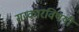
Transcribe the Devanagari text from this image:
सरकारविषयी